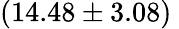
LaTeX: (14.48\pm 3.08)\